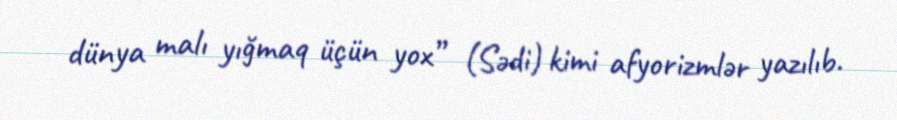
dünya malı yığmaq üçün yox” (Sədi) kimi afyorizmlər yazılıb.